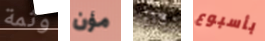
وثمة مؤن رآه بأسبوع